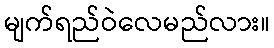
မျက်ရည်ဝဲလေမည်လား။